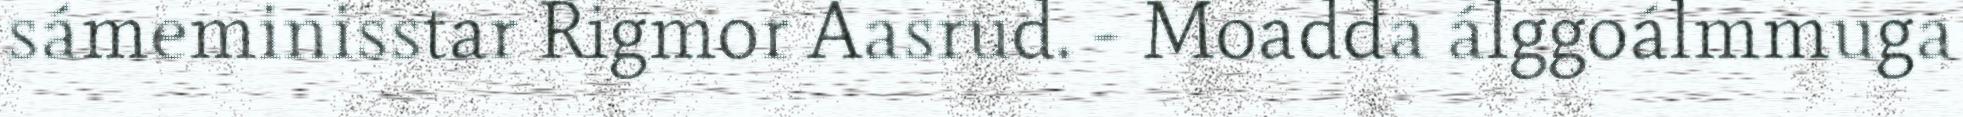
sámeminisstar Rigmor Aasrud. - Moadda álggoálmmuga